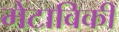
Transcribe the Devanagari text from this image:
मेटाविकी